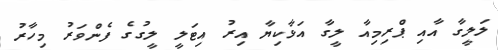
ލަލީގާ އާއި ޕްރިމިއާ ލީގާ އަޅާކިޔާ އިރު އިޓަލީ ލީގުގެ ފެންވަރު މިހާރު